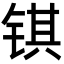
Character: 𫓹